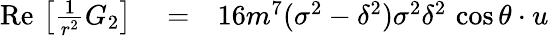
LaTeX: \begin{array}{rlr}{\mathrm{Re}\, \left[\frac{1}{r^{2}}G_{2}\right]}&{{}=}&{16m^{7}(\sigma^{2}-\delta^{2})\sigma^{2}\delta^{2}\, \cos\theta\cdot u}\end{array}